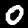
Digit: 0